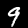
Digit: 9